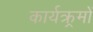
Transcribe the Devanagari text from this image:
कार्यक्र्रमों